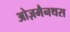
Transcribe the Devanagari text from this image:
ओज़मैनथस